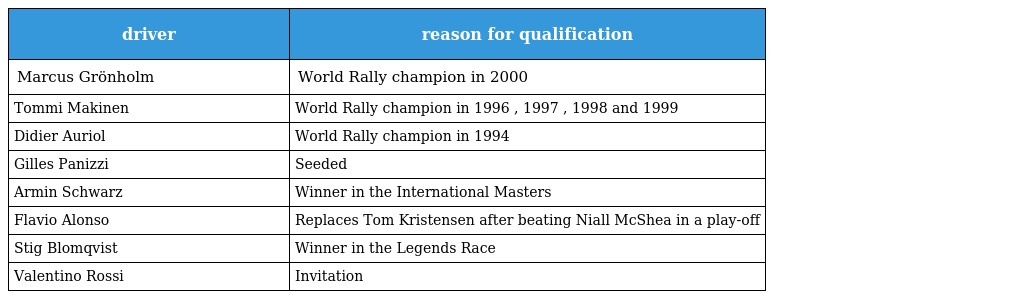
| driver | reason for qualification |
 | --- | --- |
 | Marcus Grönholm | World Rally champion in 2000 |
 | Tommi Makinen | World Rally champion in 1996 , 1997 , 1998 and 1999 |
 | Didier Auriol | World Rally champion in 1994 |
 | Gilles Panizzi | Seeded |
 | Armin Schwarz | Winner in the International Masters |
 | Flavio Alonso | Replaces Tom Kristensen after beating Niall McShea in a play-off |
 | Stig Blomqvist | Winner in the Legends Race |
 | Valentino Rossi | Invitation |